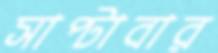
সাপ্‌টাবার